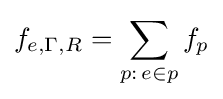
f_{e,\Gamma ,R}=\sum _{p:\,e\in p}{f_{p}}